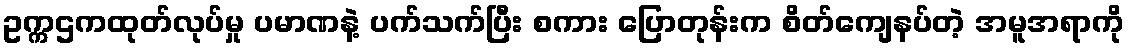
ဥက္ကဌကထုတ်လုပ်မှု ပမာဏနဲ့ ပက်သက်ပြီး စကား ပြောတုန်းက စိတ်ကျေနပ်တဲ့ အမူအရာကို